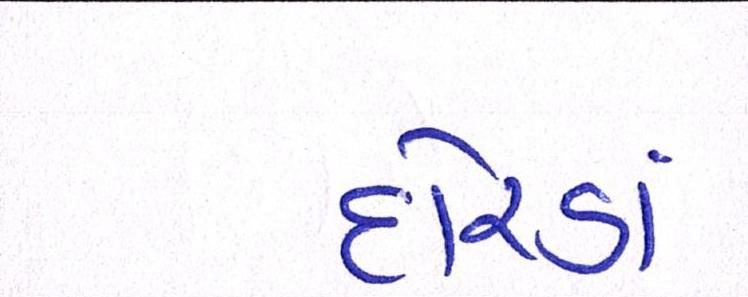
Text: દોરડાં